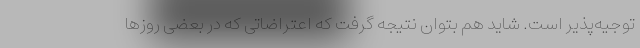
توجیه‌پذیر است. شاید هم بتوان نتیجه گرفت که اعتراضاتی که در بعضی روزها